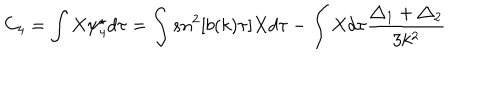
LaTeX: C _ { 4 } = \int X \psi _ { 4 } ^ { \star } d \tau = \int s n ^ { 2 } [ b ( k ) \tau ] X d \tau - \int X d \tau \frac { \triangle _ { 1 } + \triangle _ { 2 } } { 3 k ^ { 2 } }